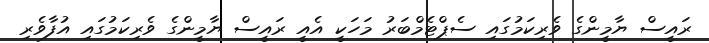
ރައީސް ޔާމީންގެ ވެރިކަމުގައި ސެޕްޓެމްބަރު މަހަކީ އެއީ ރައީސް ޔާމީންގެ ވެރިކަމުގައި އުފާވެރި